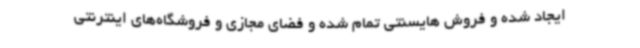
ایجاد شده و فروش هایسنتی تمام شده و فضای مجازی و فروشگاه‌های اینترنتی